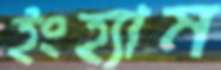
ইংহ্যাম